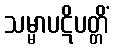
သမ္မာပဋိပတ္တိံ